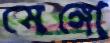
মেঙ্গো